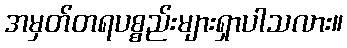
အမှတ်တရပစ္စည်းများရှာပါသလား။